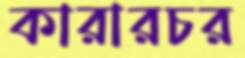
কারারচর